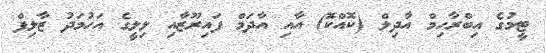
ޓީމުގެ އިބްރާހިމް އާދިލް (ކޮއްކޮ) އާއިި އާދަމް ފައިރޫޒާއި ލިލީގެ އަހުމަދު ޒާލިފް